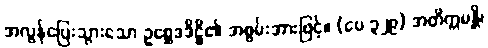
အလွန်ပြေးသွားသော ဥစ္ဆေဒဒိဋ္ဌိ၏ အစွမ်းအားဖြင့်။ (ပေ ၃၂၉) အတိက္ကမန္တိ၊